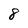
Character: 8